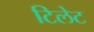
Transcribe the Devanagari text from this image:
टिलेट